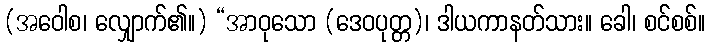
(အဝေါစ၊ လျှောက်၏။) “အာဝုသော (ဒေဝပုတ္တ)၊ ဒါယကာနတ်သား။ ခေါ၊ စင်စစ်။